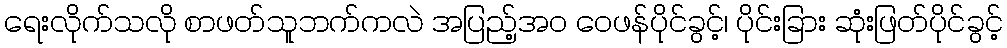
ရေးလိုက်သလို စာဖတ်သူဘက်ကလဲ အပြည့်အ၀ ဝေဖန်ပိုင်ခွင့်၊ ပိုင်းခြား ဆုံးဖြတ်ပိုင်ခွင့်